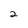
Character: 2